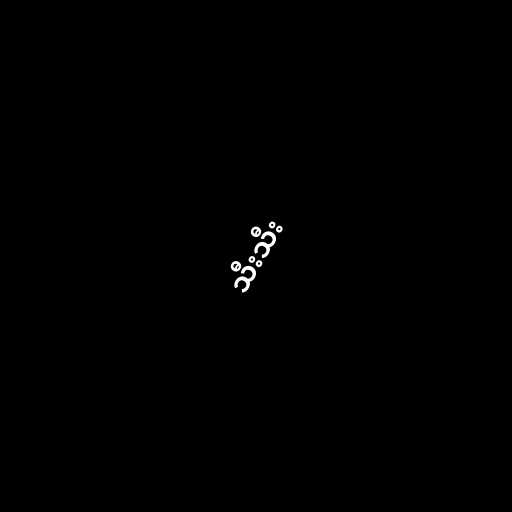
သီးသီး